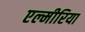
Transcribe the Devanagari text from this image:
एल्मीरिया